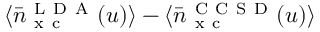
\langle \bar { n } _ { \mathrm { ~ x ~ c ~ } } ^ { \mathrm { ~ L ~ D ~ A ~ } } ( u ) \rangle - \langle \bar { n } _ { \mathrm { ~ x ~ c ~ } } ^ { \mathrm { ~ C ~ C ~ S ~ D ~ } } ( u ) \rangle